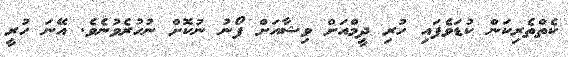
ކެތްތެރިކަން ކުޑަވެފައި ހުރި ދީމްއަށް ވިޝާއަށް ފޯނު ނުކޮށް ނުހުރެވުނެވެ. އޭނަ ހުރީ